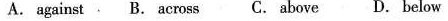
A.against B. Across C. Above D、below